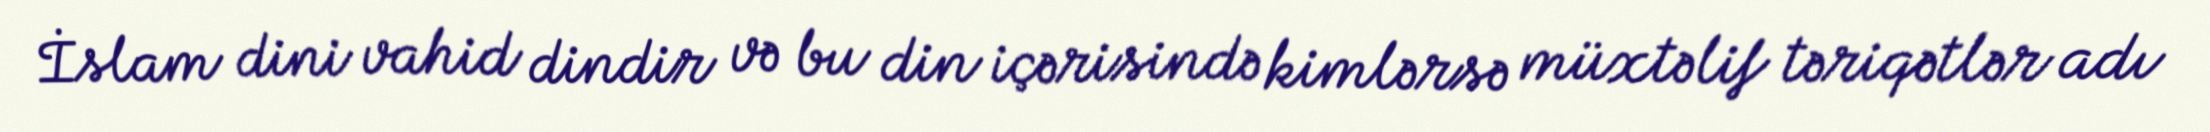
İslam dini vahid dindir və bu din içərisində kimlərsə müxtəlif təriqətlər adı